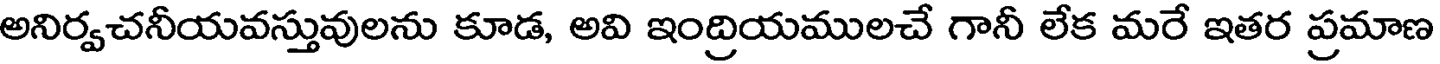
అనిర్వచనీయవస్తువులను కూడ, అవి ఇంద్రియములచే గానీ లేక మరే ఇతర ప్రమాణ